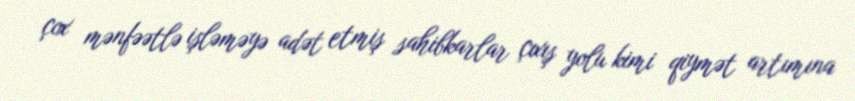
çox mənfəətlə işləməyə adət etmiş sahibkarlar çıxış yolu kimi qiymət artımına